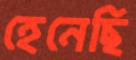
হেনেছি